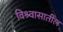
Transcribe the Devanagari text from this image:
विश्र्वासातील